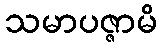
သမာပဇ္ဇာမိ